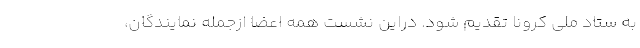
به ستاد ملی کرونا تقدیم شود. دراین نشست همه اعضا ازجمله نمایندگان،